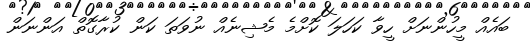
ބައެއް މީހުންނަށް ހީވާ ކަހަލަ ކޮށްމެ މެޝިނެއް ނުވަތަ ކަން ކުރާގޮތް އަންނަން